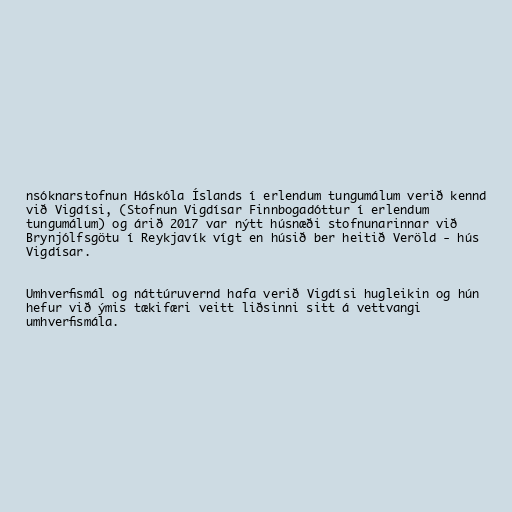
nsóknarstofnun Háskóla Íslands í erlendum tungumálum verið kennd
við Vigdísi, (Stofnun Vigdísar Finnbogadóttur í erlendum
tungumálum) og árið 2017 var nýtt húsnæði stofnunarinnar við
Brynjólfsgötu í Reykjavík vígt en húsið ber heitið Veröld - hús
Vigdísar.

Umhverfismál og náttúruvernd hafa verið Vigdísi hugleikin og hún
hefur við ýmis tækifæri veitt liðsinni sitt á vettvangi
umhverfismála.